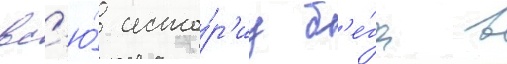
вс'ю́ исто́р'иу б'е́га в